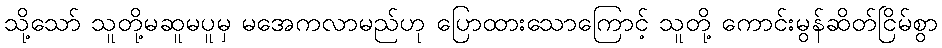
သို့သော် သူတို့မဆူမပူမှ မအေကလာမည်ဟု ပြောထားသောကြောင့် သူတို့ ကောင်းမွန်ဆိတ်ငြိမ်စွာ